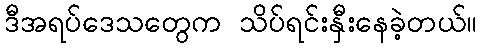
ဒီအရပ်ဒေသတွေက သိပ်ရင်းနှီးနေခဲ့တယ်။